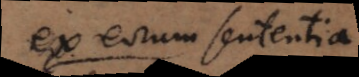
ex eorum sententia